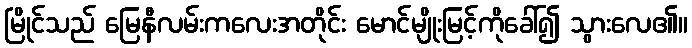
မြိုင်သည် မြေနီလမ်းကလေးအတိုင်း မောင်မျိုးမြင့်ကိုခေါ်၍ သွားလေ၏။